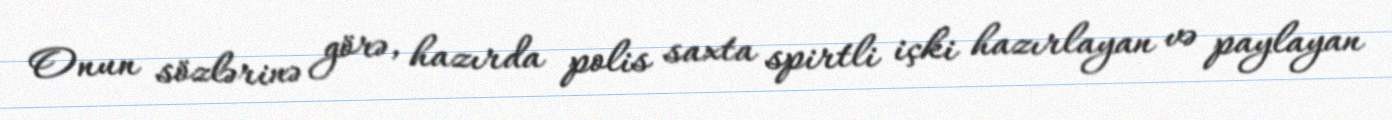
Onun sözlərinə görə, hazırda polis saxta spirtli içki hazırlayan və paylayan